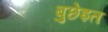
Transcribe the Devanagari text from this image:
बुछेइत